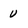
Character: u